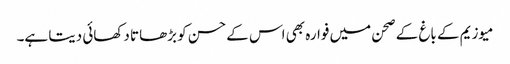
میوزیم کے باغ کے صحن میں فوارہ بھی اس کے حسن کو بڑھاتا دکھائی دیتا ہے۔